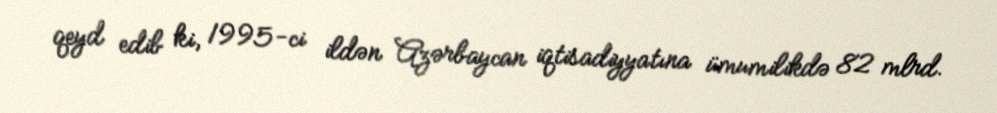
qeyd edib ki, 1995-ci ildən Azərbaycan iqtisadiyyatına ümumilikdə 82 mlrd.